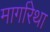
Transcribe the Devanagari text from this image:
मार्गारेथा